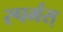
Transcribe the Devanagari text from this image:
स्पर्मस्‌